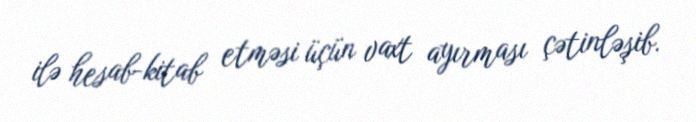
ilə hesab-kitab etməsi üçün vaxt ayırması çətinləşib.